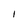
Character: l